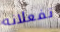
تفعلانه